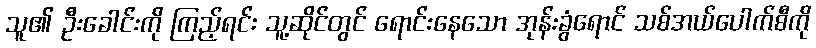
သူ၏ ဦးခေါင်းကို ကြည့်ရင်း သူ့ဆိုင်တွင် ရောင်းနေသော အုန်းခွံရောင် သစ်အယ်ပေါက်စီကို